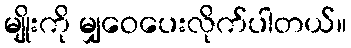
မျိုးကို မျှဝေပေးလိုက်ပါတယ်။